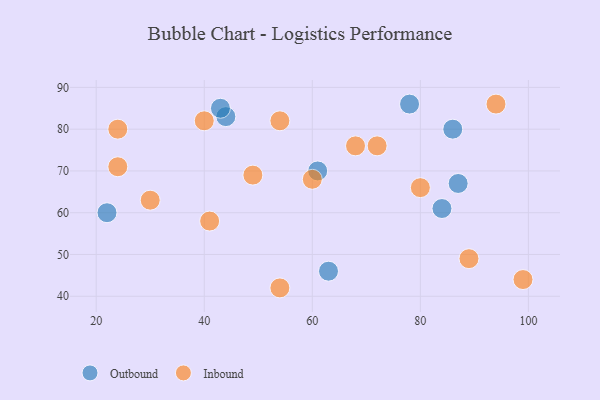
{"axis": {"x": "GDP", "y": "Life Expectancy"}, "legend": ["Inbound", "Outbound"], "data": [{"x": "87", "y": 67, "type": "Outbound"}, {"x": "86", "y": 80, "type": "Outbound"}, {"x": "44", "y": 83, "type": "Outbound"}, {"x": "84", "y": 61, "type": "Outbound"}, {"x": "22", "y": 60, "type": "Outbound"}, {"x": "63", "y": 46, "type": "Outbound"}, {"x": "43", "y": 85, "type": "Outbound"}, {"x": "61", "y": 70, "type": "Outbound"}, {"x": "78", "y": 86, "type": "Outbound"}, {"x": "49", "y": 69, "type": "Inbound"}, {"x": "54", "y": 82, "type": "Inbound"}, {"x": "40", "y": 82, "type": "Inbound"}, {"x": "68", "y": 76, "type": "Inbound"}, {"x": "60", "y": 68, "type": "Inbound"}, {"x": "94", "y": 86, "type": "Inbound"}, {"x": "24", "y": 80, "type": "Inbound"}, {"x": "54", "y": 42, "type": "Inbound"}, {"x": "41", "y": 58, "type": "Inbound"}, {"x": "89", "y": 49, "type": "Inbound"}, {"x": "72", "y": 76, "type": "Inbound"}, {"x": "99", "y": 44, "type": "Inbound"}, {"x": "24", "y": 71, "type": "Inbound"}, {"x": "30", "y": 63, "type": "Inbound"}, {"x": "80", "y": 66, "type": "Inbound"}]}